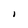
Character: I